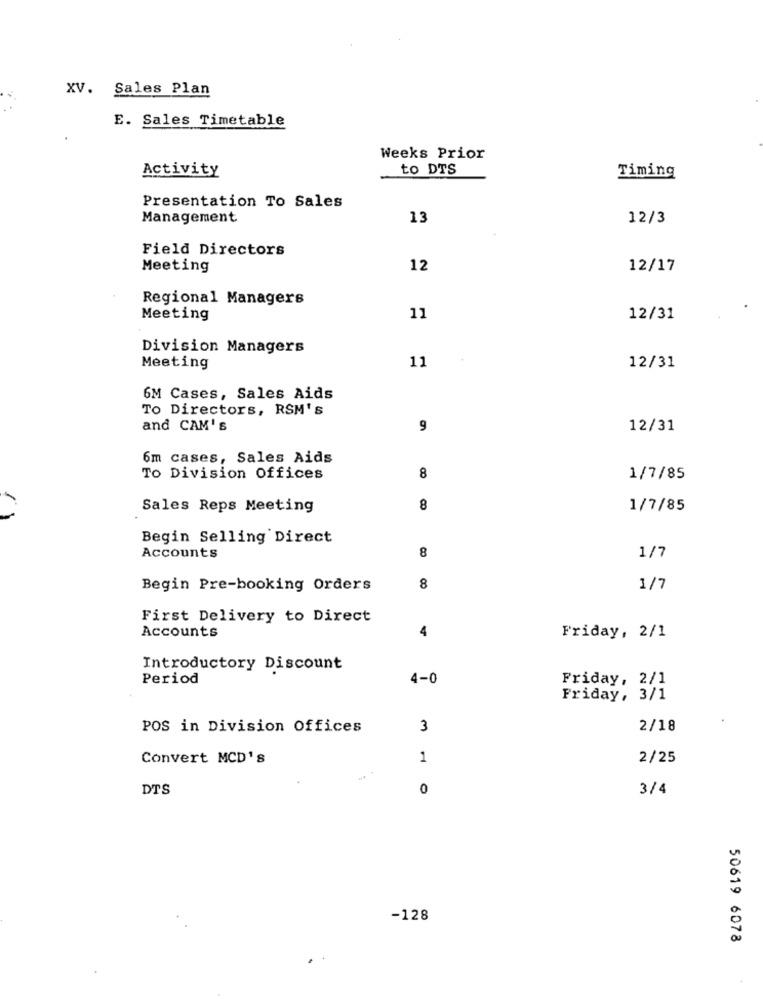
XV. Sales Plan
E. Sales Timetable
Weeks Prior
Activity
to DTS
Timing
Presentation To Sales
Management
13
12/3
Field Directors
Meeting
12
12/17
Regional Managers
Meeting
11
12/31
Division Managers
11
Meeting
12/31
6M Cases, Sales Aids
To Directors, RSM's
and CAM' s
9
12/31
6m cases, Sales Aids
To Division Offices
8
1/7/85
Sales Reps Meeting
8
1/7/85
Begin Selling Direct
8
Accounts
1/7
Begin Pre-booking Orders
8
1/7
First Delivery to Direct
4
Accounts
Friday, 2/1
Introductory Discount
Period
4-0
Friday, 2/1
Friday, 3/1
POS in Division Offices
3
2/18
Convert MCD's
1
2/25
DTS
0
3/4
-128
50619 6078